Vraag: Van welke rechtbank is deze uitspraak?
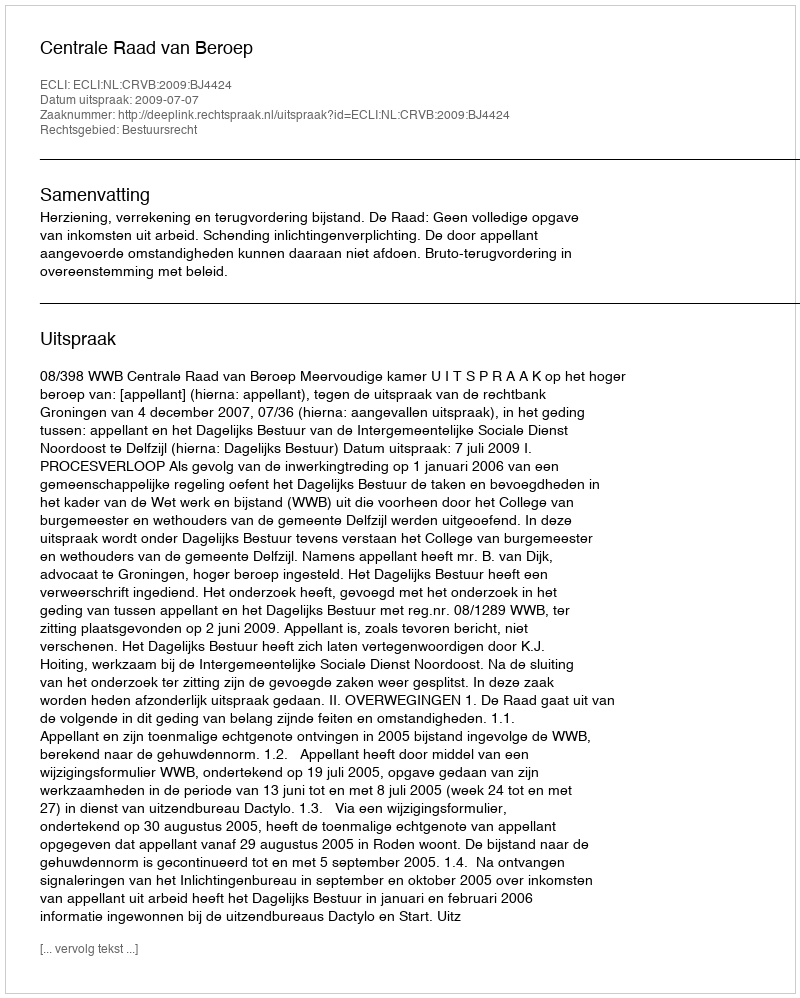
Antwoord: Centrale Raad van Beroep